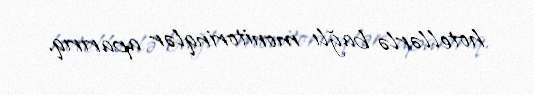
hotellərlə bağlı monitorinqlər aparırıq.